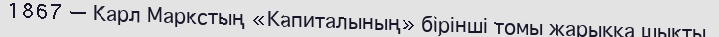
1867 — Карл Маркстың «Капиталының» бірінші томы жарыққа шықты.